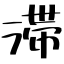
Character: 滞